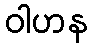
ဝါဟန